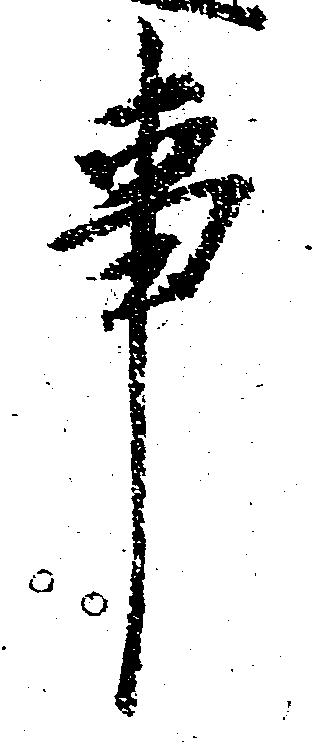
事